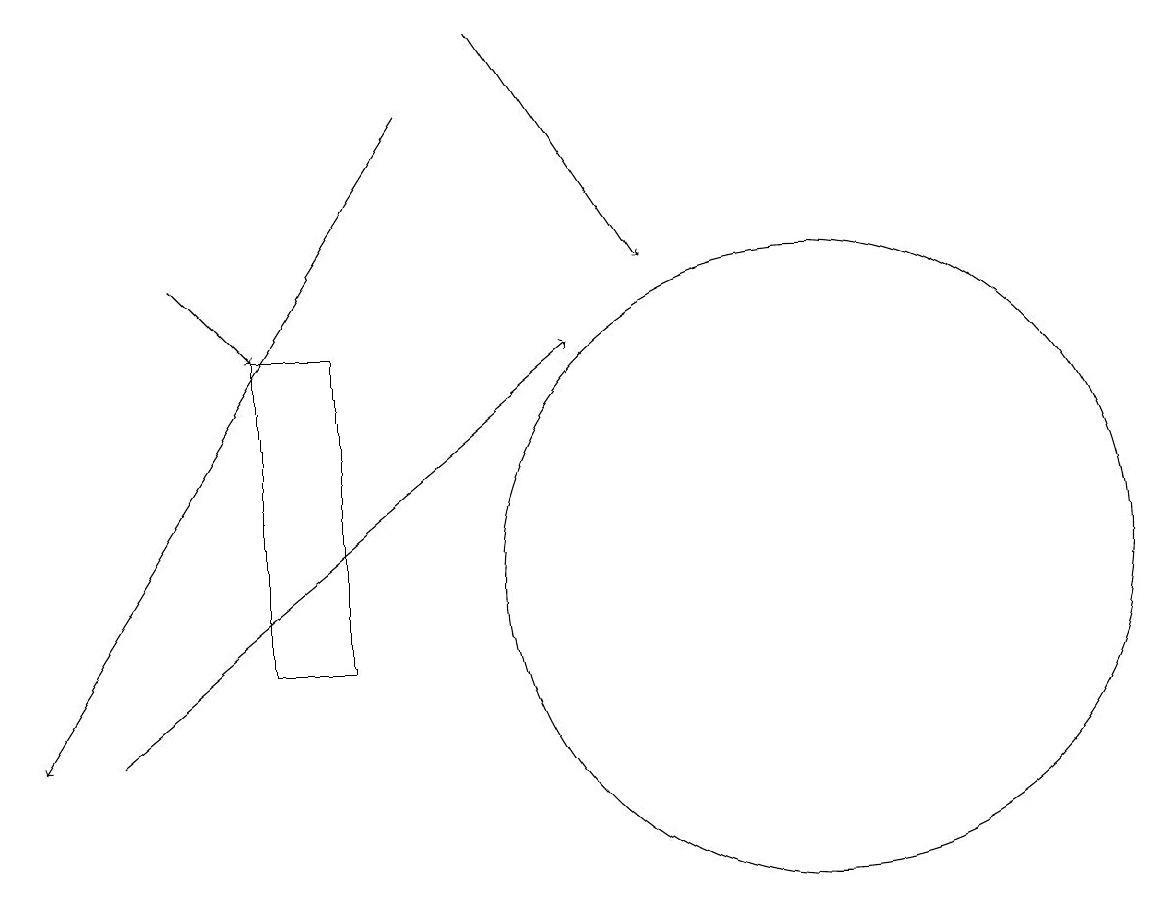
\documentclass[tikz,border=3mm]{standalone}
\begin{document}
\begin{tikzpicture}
\draw[->] (6,18) -- (1,10);
\draw[->] (3,16) -- (4,15);
\draw[->] (2,10) -- (8,15);
\draw (11,12) circle (4);
\draw (10,12) circle (0);
\draw[->] (7,19) -- (9,16);
\draw (5,11) rectangle (4,15);
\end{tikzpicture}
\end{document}